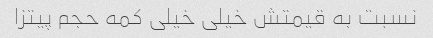
نسبت به قیمتش خیلی خیلی کمه حجم پیتزا